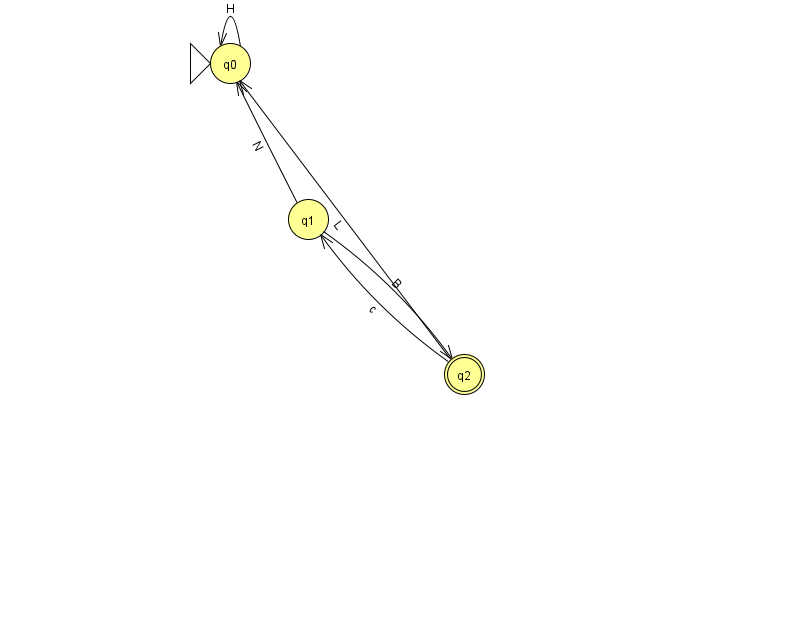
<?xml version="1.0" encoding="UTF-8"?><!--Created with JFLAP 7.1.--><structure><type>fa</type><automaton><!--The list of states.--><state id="0" name="q0"><x>230.0</x><y>50.0</y><initial/></state><state id="1" name="q1"><x>308.0</x><y>206.0</y></state><state id="2" name="q2"><x>464.0</x><y>361.0</y><final/></state><!--The list of transitions.--><transition><from>2</from><to>0</to><read>L</read></transition><transition><from>1</from><to>0</to><read>N</read></transition><transition><from>2</from><to>1</to><read>c</read></transition><transition><from>1</from><to>2</to><read>B</read></transition><transition><from>0</from><to>0</to><read>H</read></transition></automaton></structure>